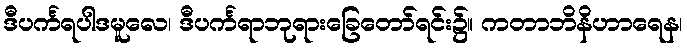
ဒီပင်္ကရပါဒမူလေ၊ ဒီပင်္ကရာဘုရားခြေတော်ရင်း၌။ ကတာဘိနိဟာရေန၊